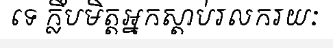
ទេ ក្លឹបមិត្តអ្នកស្តាប់រលករយៈ